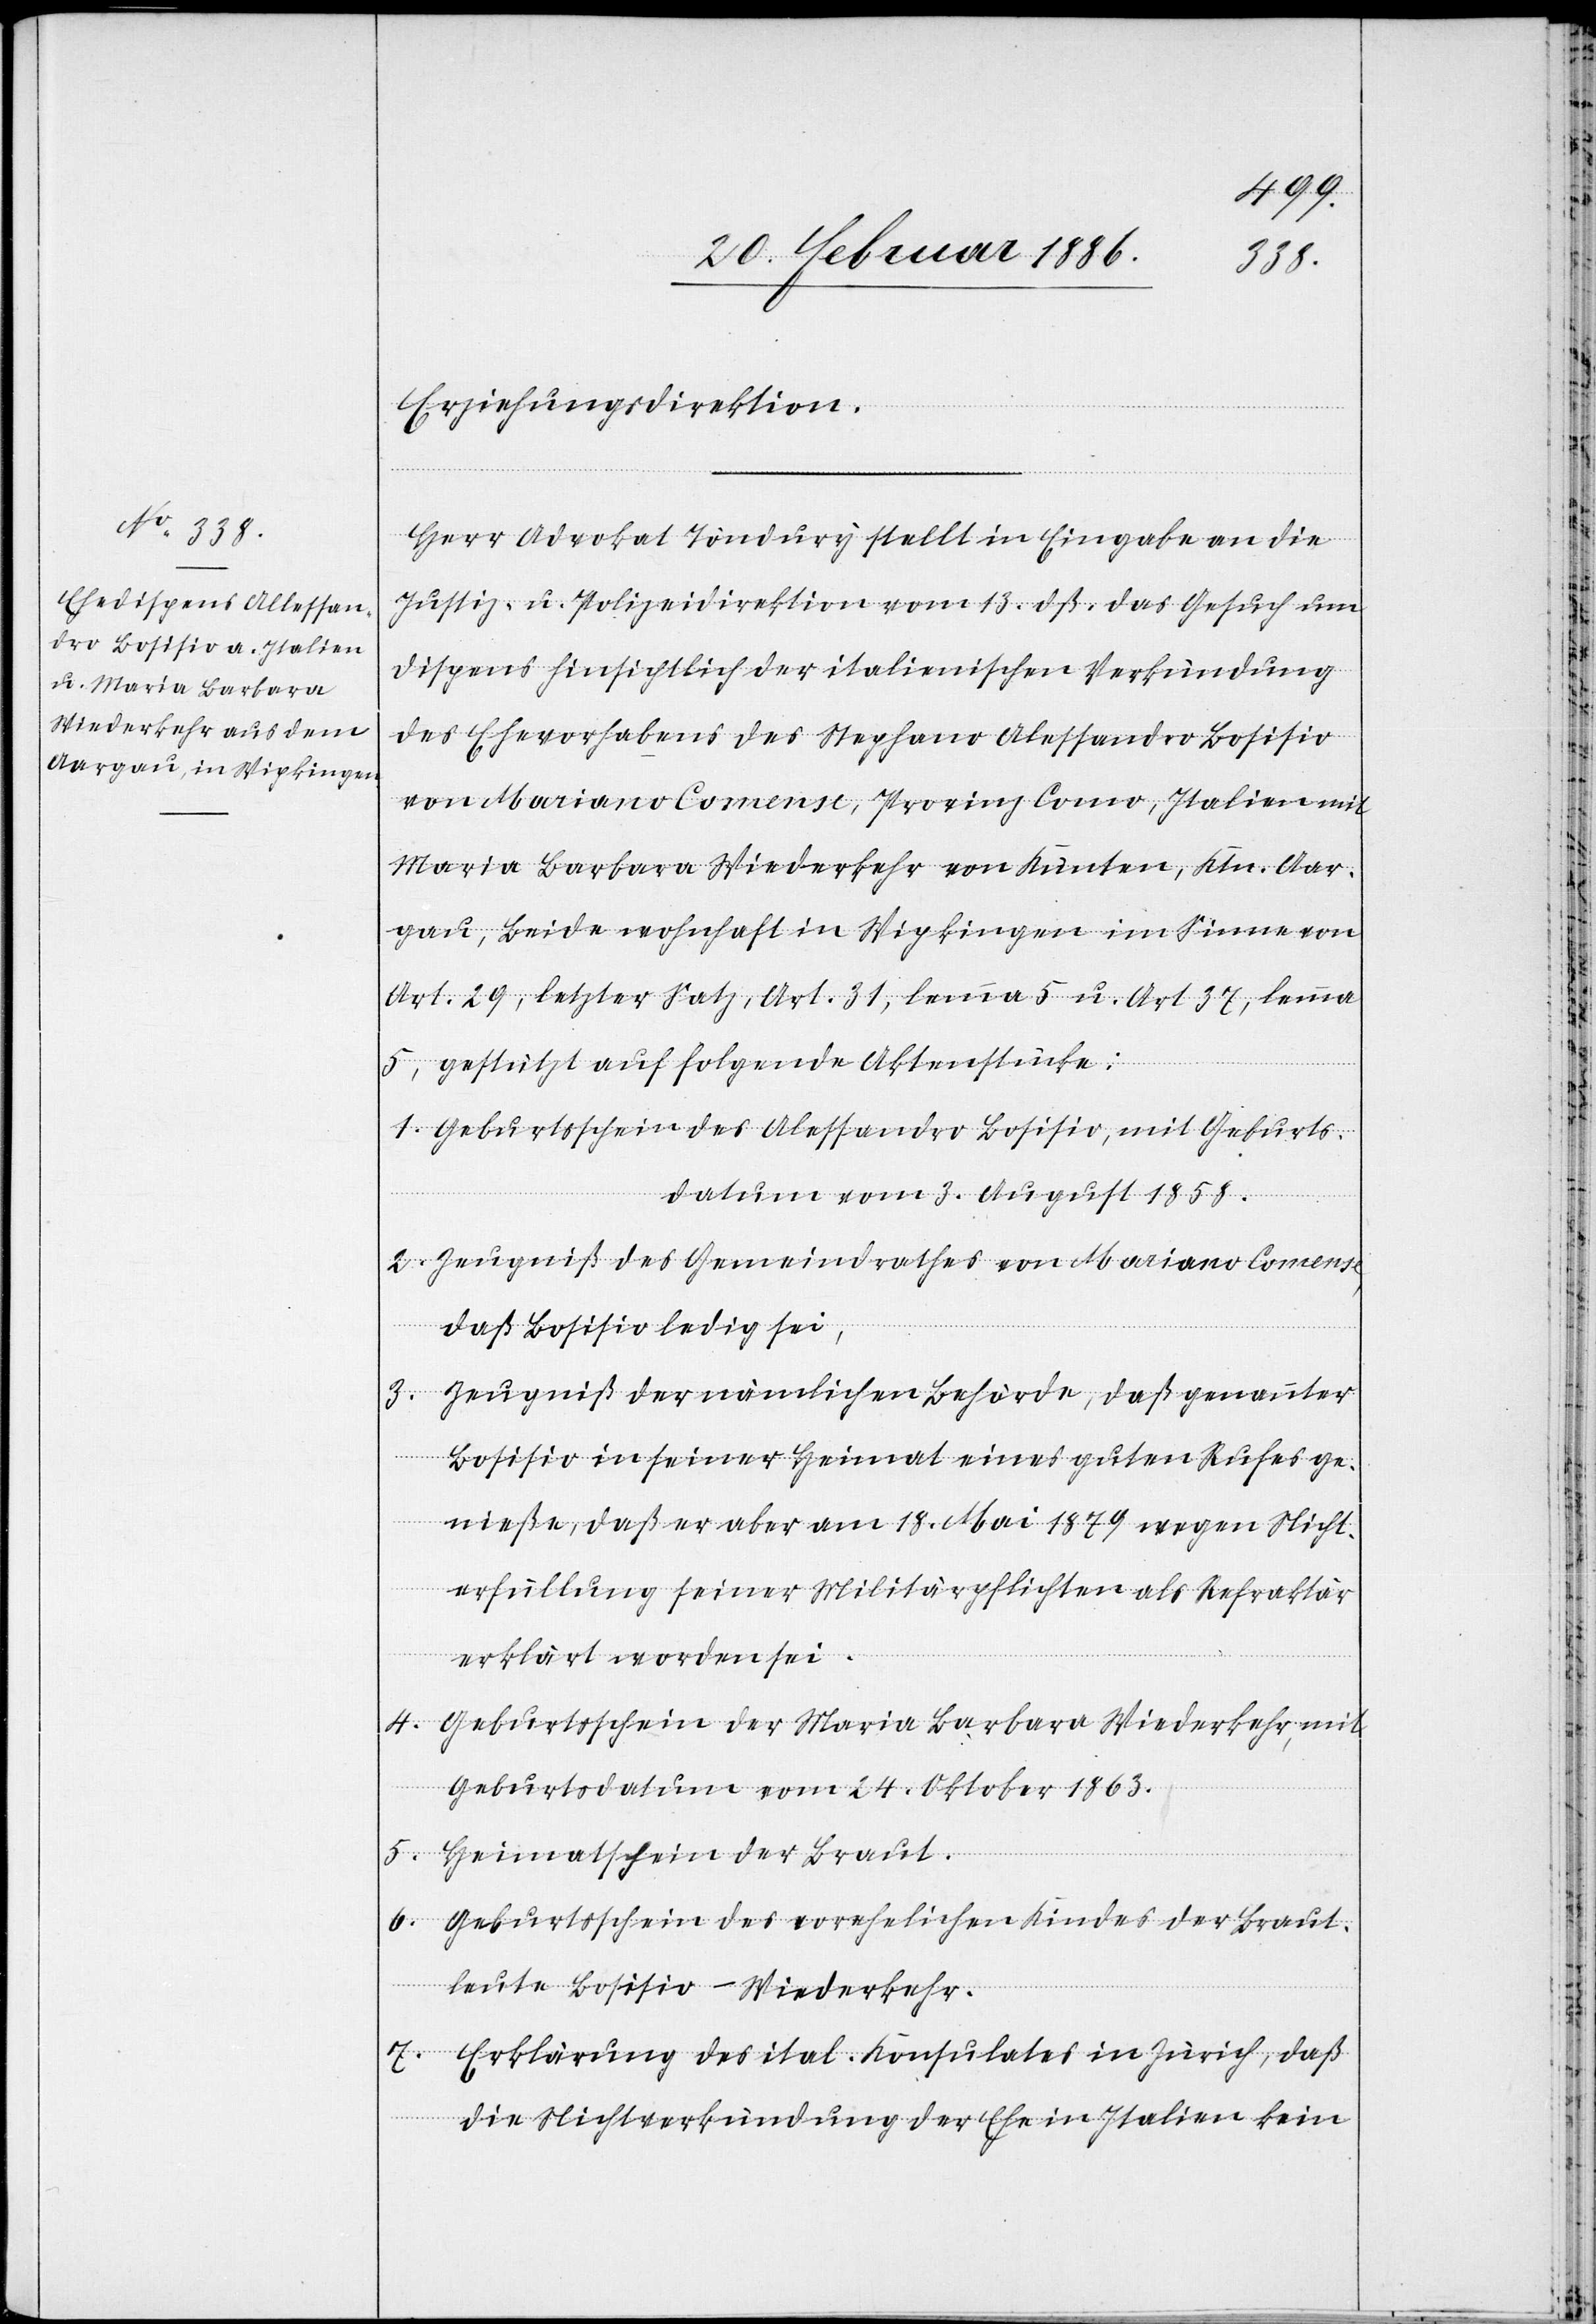
Erziehungsdirektion.
Herr Advokat Töndury stellt in Eingabe an die
Justiz- u. Polizeidirektion vom 13. dß. das Gesuch um
Dispens hinsichtlich der italienischen Verkündung
des Ehevorhabens des Stephano Alessandro Bosisio
von Mariano Comense, Provinz Como, Italien mit
Maria Barbara Wiederkehr von Künten, Ktn. Aar¬
gau, Beide wohnhaft in Wipkingen im Sinne von
Art. 29, letzter Satz, Art. 31., lemma 5 u. Art. 37, lemma
5, gestützt auf folgende Aktenstücke:
1. Geburtsschein des Alessandro Bosisio, mit Geburts¬
datum vom 3. August 1858.
2. Zeugniß des Gemeindrathes von Mariano Comense,
daß Bosisio ledig sei.
3. Zeugniß der nämlichen Behörde, daß genannter
Bosisio in seiner Heimat einen guten Ruf ge¬
nieße, daß er aber am 18. Mai 1879 wegen Nicht¬
erfüllung seiner Militärpflichten als Refraktär
erklärt worden sei.
4. Geburtsschein der Maria Barbara Wiederkehr, mit
Geburtsdatum vom 24. Oktober 1863.
5. Heimatschein der Braut.
6. Geburtsschein des vorehelichen Kindes der Braut¬
leute Bosisio-Wiederkehr.
7. Erklärung des ital. Konsulates in Zürich, daß
die Nichtverkündung der Ehe in Italien kein